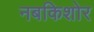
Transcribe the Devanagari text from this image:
नबकिशोर